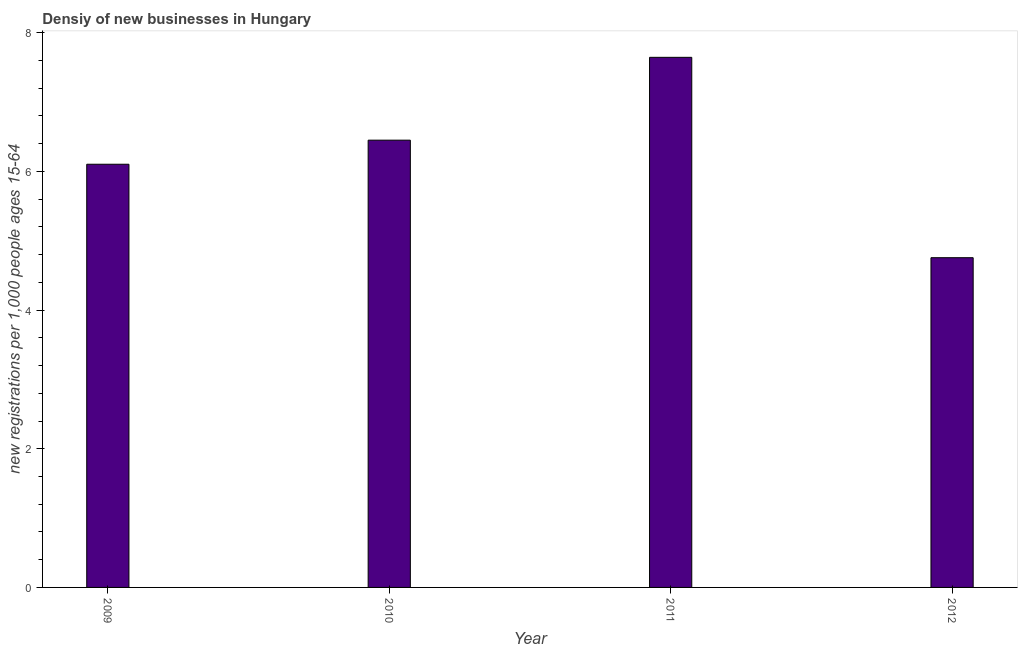
| Year | New business density |
 | --- | --- |
 | 2009 | 6.1 |
 | 2010 | 6.45 |
 | 2011 | 7.64 |
 | 2012 | 4.75 |